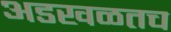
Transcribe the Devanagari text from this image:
अडखळतच